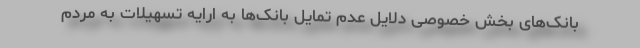
بانک‌های بخش خصوصی دلایل عدم تمایل بانک‌ها به ارایه تسهیلات به مردم